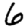
Digit: 6